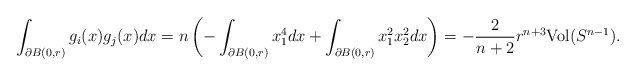
\begin{align*}\int_{\partial B(0,r)}g_{i}(x)g_{j}(x)dx=n\left(-\int_{\partial B(0,r)}x_{1}^{4}dx+\int_{\partial B(0,r)}x_{1}^{2}x_{2}^{2}dx\right)=-\frac{2}{n+2}r^{n+3}\mathrm{Vol}(S^{n-1}).\end{align*}